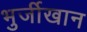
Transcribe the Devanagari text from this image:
भुर्जीखान